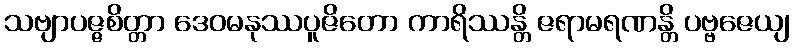
သဗျာပဇ္ဇစိတ္တာ ဒေဝမနုဿပူဇိတော ကာရိဿန္တိ ဇရာမရဏန္တိ ပဗ္ဗဇေယျ